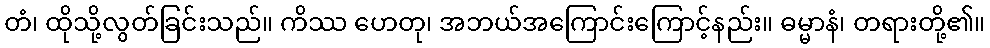
တံ၊ ထိုသို့လွတ်ခြင်းသည်။ ကိဿ ဟေတု၊ အဘယ်အကြောင်းကြောင့်နည်း။ ဓမ္မာနံ၊ တရားတို့၏။